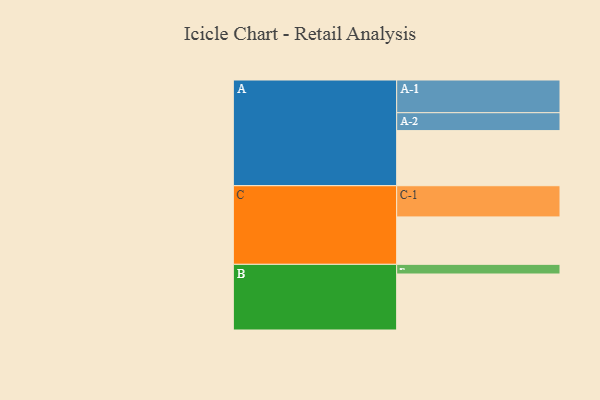
{"axis": {"x": "Segment", "y": "Value"}, "legend": ["", "A", "B", "C"], "data": [{"x": "A", "y": 502, "type": ""}, {"x": "B", "y": 510, "type": ""}, {"x": "C", "y": 432, "type": ""}, {"x": "A-1", "y": 298, "type": "A"}, {"x": "A-2", "y": 163, "type": "A"}, {"x": "B-1", "y": 88, "type": "B"}, {"x": "C-1", "y": 284, "type": "C"}]}